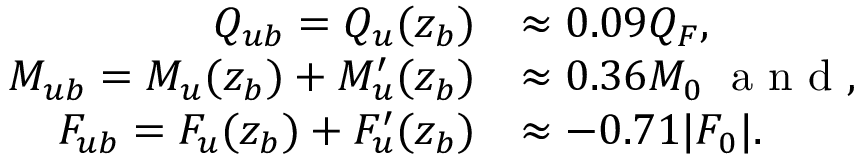
\begin{array} { r l } { Q _ { u b } = Q _ { u } ( z _ { b } ) } & { \approx 0 . 0 9 Q _ { F } , } \\ { M _ { u b } = M _ { u } ( z _ { b } ) + M _ { u } ^ { \prime } ( z _ { b } ) } & { \approx 0 . 3 6 M _ { 0 } \; \textrm { a n d } , } \\ { F _ { u b } = F _ { u } ( z _ { b } ) + F _ { u } ^ { \prime } ( z _ { b } ) } & { \approx - 0 . 7 1 | F _ { 0 } | . } \end{array}